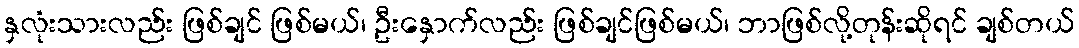
နှလုံးသားလည်း ဖြစ်ချင် ဖြစ်မယ်၊ ဦးနှောက်လည်း ဖြစ်ချင်ဖြစ်မယ်၊ ဘာဖြစ်လို့တုန်းဆိုရင် ချစ်တယ်